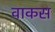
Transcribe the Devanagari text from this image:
वाकस